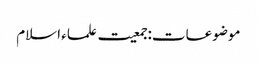
موضوعات:جمعیت علماء اسلام